Indian journal of veterinary science and animal husbandry - Volume 4,
Year: 1934
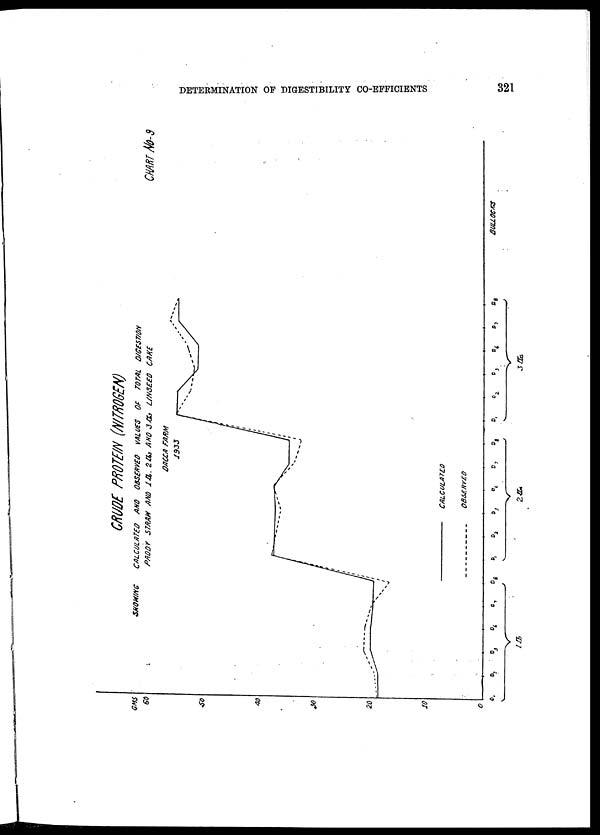
DETERMINATION OF DIGESTIBILITY CO-EFFICIENTS
321